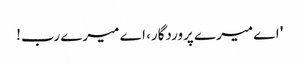
' اے میرے پروردگار، اے میرے رب!